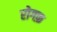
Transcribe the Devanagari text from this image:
रोगफ़